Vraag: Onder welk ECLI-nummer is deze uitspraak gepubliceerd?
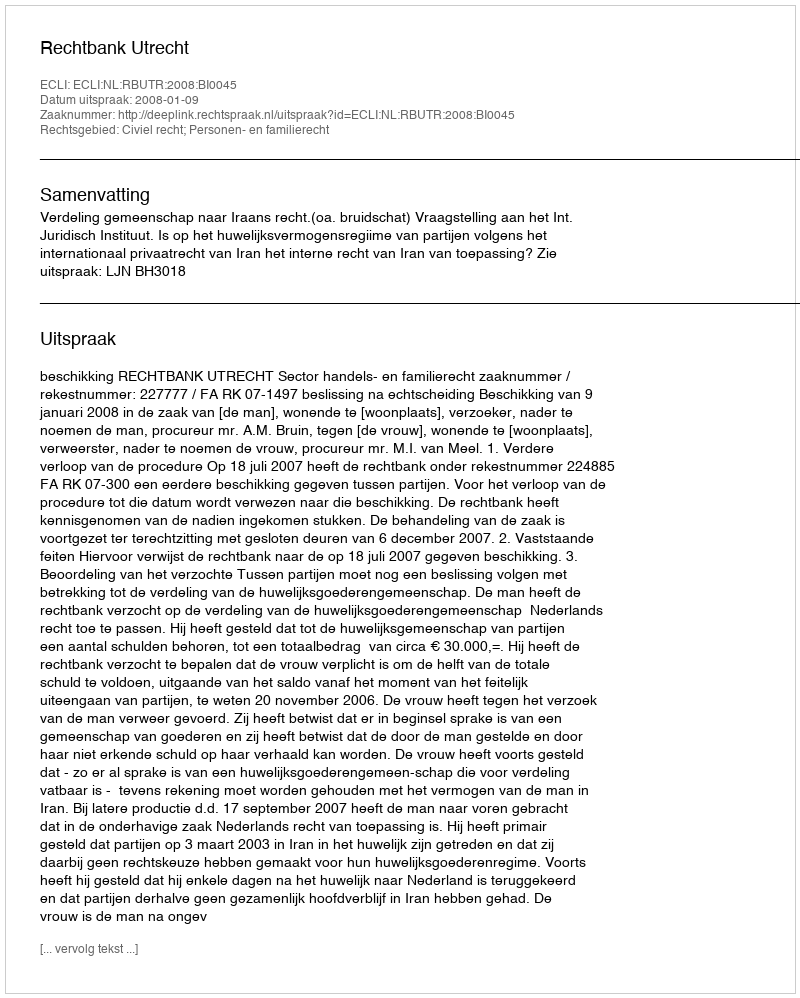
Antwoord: ECLI:NL:RBUTR:2008:BI0045